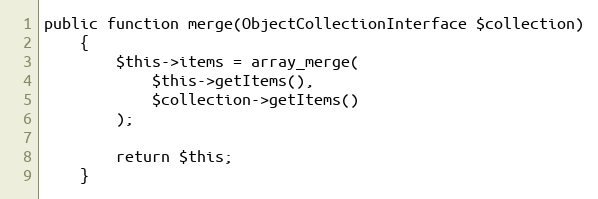
Language: PHP
public function merge(ObjectCollectionInterface $collection)
    {
        $this->items = array_merge(
            $this->getItems(),
            $collection->getItems()
        );

        return $this;
    }